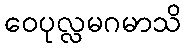
ဝေပုလ္လမဂမာသိ